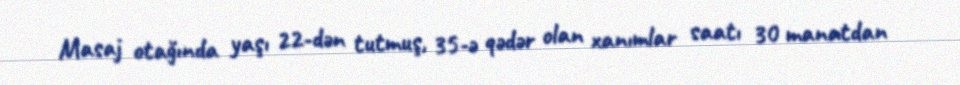
Masaj otağında yaşı 22-dən tutmuş, 35-ə qədər olan xanımlar saatı 30 manatdan